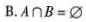
B.$$A ∩ B = ∅$$